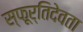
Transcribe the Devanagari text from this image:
स्फूर्तिदेवता